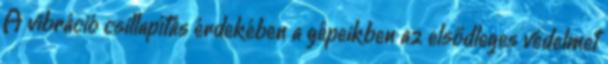
A vibráció csillapítás érdekében a gépeikben az elsődleges védelmet